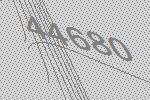
44680